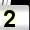
Digit: 2